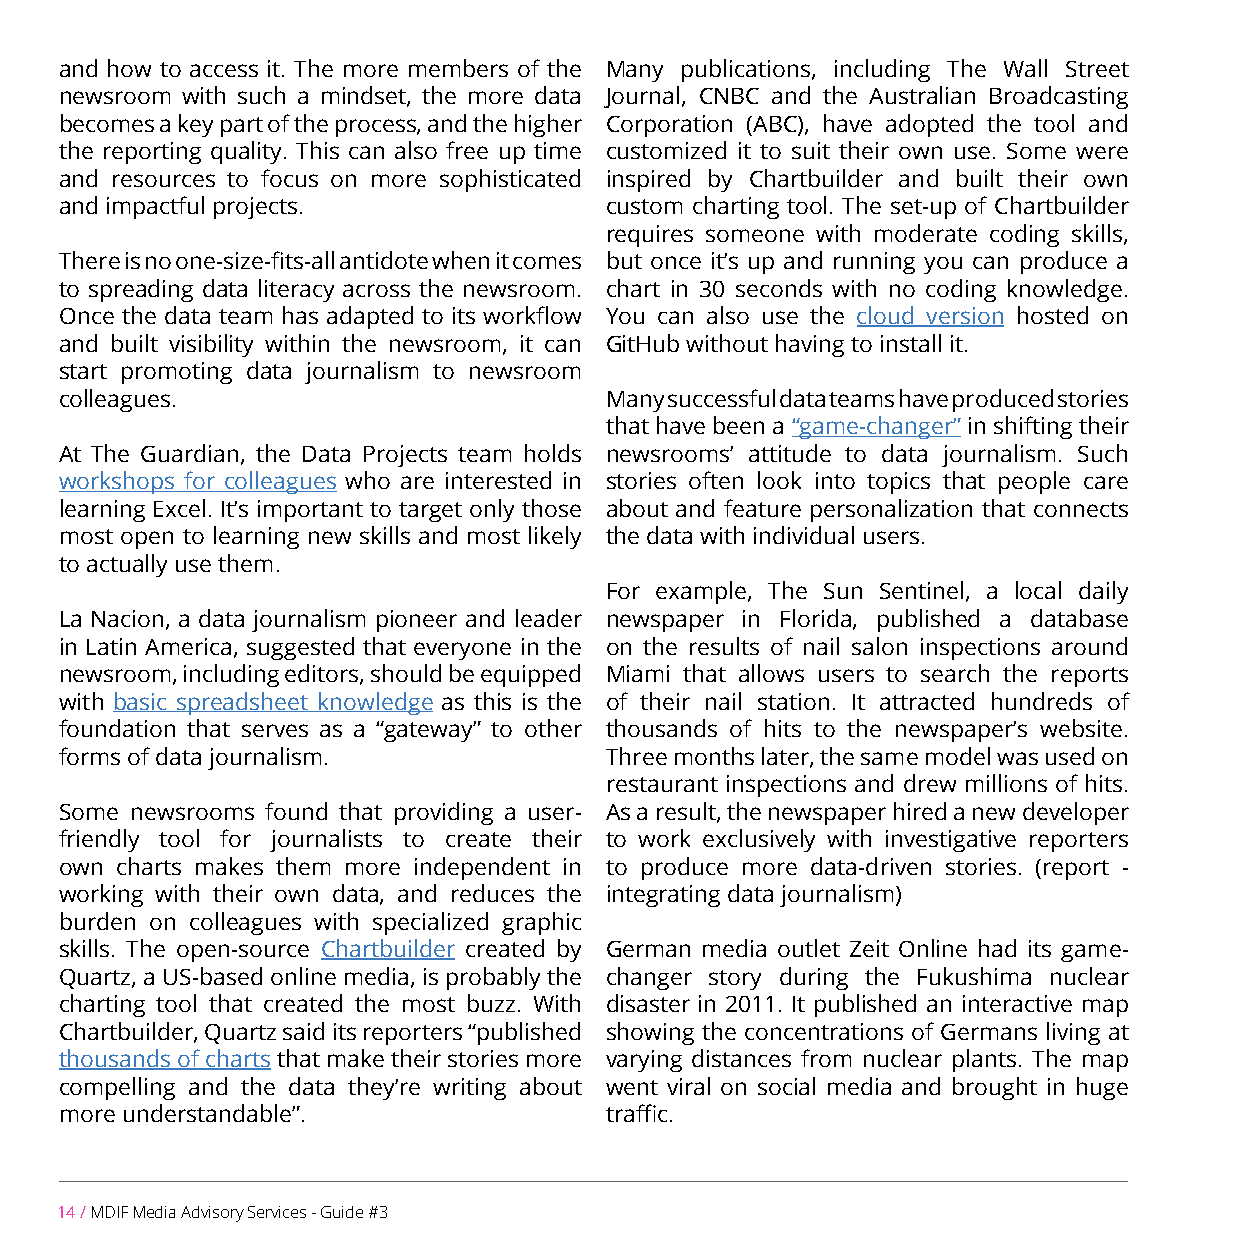
and how to access it. The more members of the Many publications, including The Wall Street
 newsroom with such a mindset, the more data Journal, CNBC and the Australian Broadcasting
 becomes a key part of the process, and the higher Corporation (ABC), have adopted the tool and
 the reporting quality. This can also free up time customized it to suit their own use. Some were
 and resources to focus on more sophisticated inspired by Chartbuilder and built their own
 and impactful projects.             custom charting tool. The set-up of Chartbuilder
 requires someone with moderate coding skills,
 There is no one-size-fits-all antidote when it comes but once it’s up and running you can produce a
 to spreading data literacy across the newsroom. chart in 30 seconds with no coding knowledge.
 Once the data team has adapted to its workflow You can also use the cloud version hosted on
 and built visibility within the newsroom, it can GitHub without having to install it.
 start promoting data journalism to newsroom
 colleagues.                         Many successful data teams have produced stories
 that have been a “game-changer” in shifting their
 At The Guardian, the Data Projects team holds newsrooms’ attitude to data journalism. Such
 workshops for colleagues who are interested in stories often look into topics that people care
 learning Excel. It’s important to target only those about and feature personalization that connects
 most open to learning new skills and most likely the data with individual users.
 to actually use them.
 For example, The Sun Sentinel, a local daily
 La Nacion, a data journalism pioneer and leader newspaper in Florida, published a database
 in Latin America, suggested that everyone in the on the results of nail salon inspections around
 newsroom, including editors, should be equipped Miami that allows users to search the reports
 with basic spreadsheet knowledge as this is the of their nail station. It attracted hundreds of
 foundation that serves as a “gateway” to other thousands of hits to the newspaper’s website.
 forms of data journalism.           Three months later, the same model was used on
 restaurant inspections and drew millions of hits.
 Some newsrooms found that providing a user- As a result, the newspaper hired a new developer
 friendly tool for journalists to create their to work exclusively with investigative reporters
 own charts makes them more independent in to produce more data-driven stories. (report -
 working with their own data, and reduces the integrating data journalism)
 burden on colleagues with specialized graphic
 skills. The open-source Chartbuilder created by German media outlet Zeit Online had its game-
 Quartz, a US-based online media, is probably the changer story during the Fukushima nuclear
 charting tool that created the most buzz. With disaster in 2011. It published an interactive map
 Chartbuilder, Quartz said its reporters “published showing the concentrations of Germans living at
 thousands of charts that make their stories more varying distances from nuclear plants. The map
 compelling and the data they’re writing about went viral on social media and brought in huge
 more understandable”.               traffic.
 14 / MDIF Media Advisory Services - Guide #3